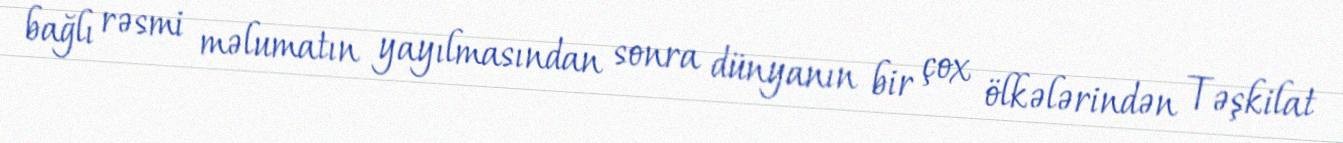
bağlı rəsmi məlumatın yayılmasından sonra dünyanın bir çox ölkələrindən Təşkilat